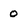
Character: 0